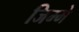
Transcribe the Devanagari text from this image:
जिम्‍मे